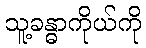
သူ့ခန္ဓာကိုယ်ကို